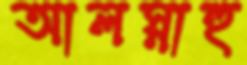
আলস্নাহু